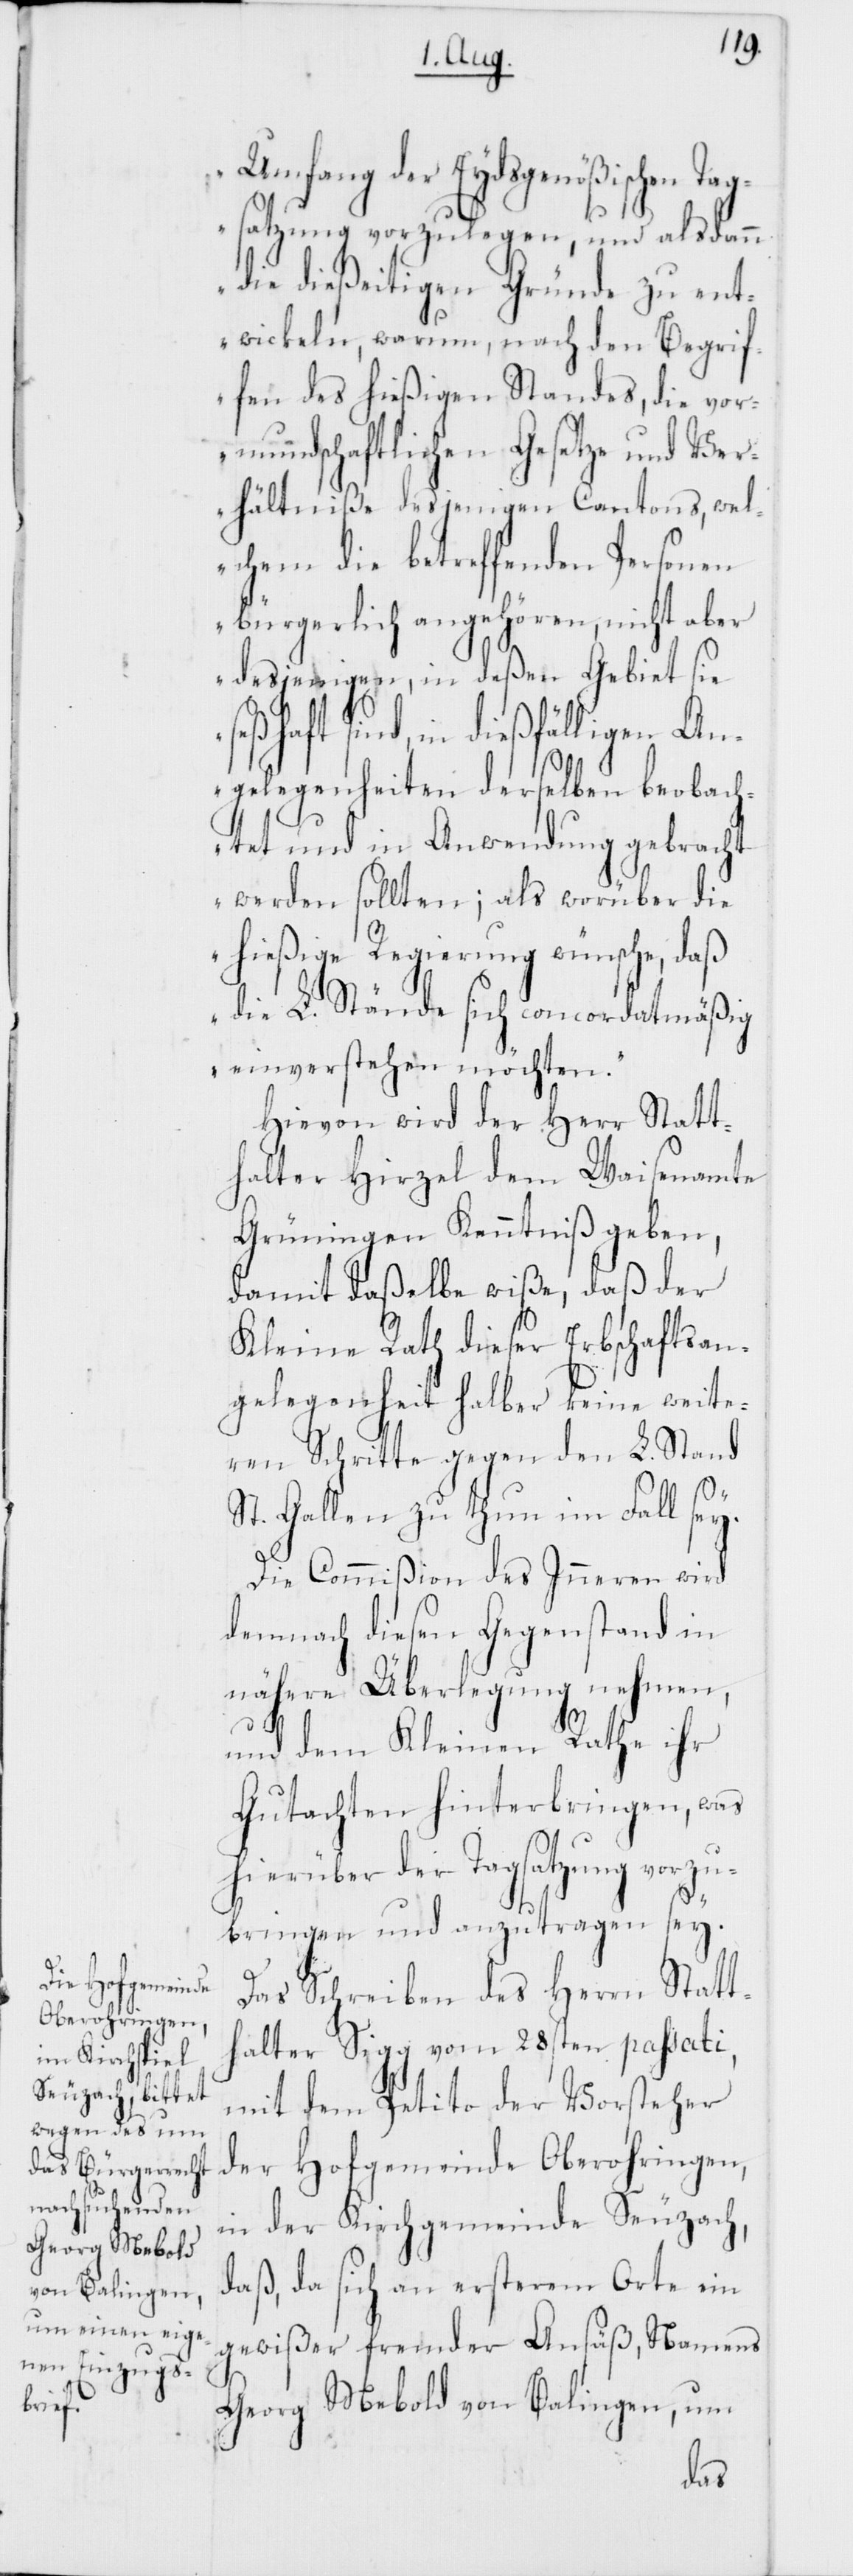
Umfang der Eydsgenößischen Tag¬
satzung vorzulegen, und alsdann
die dießeitigen Gründe zu ent¬
wickeln, warum, nach den Begrif¬
fen des hießigen Standes, die vor¬
mundschaftlichen Gesetze und Ver¬
hältniße desjenigen Cantons, wel¬
chem die betreffenden Personen
bürgerlich angehören, nicht aber
desjenigen, in deßen Gebiet sie
seßhaft sind, in dießfälligen An¬
gelegenheiten derselben beobach¬
tet und in Anwendung gebracht
werden sollten; als worüber die
hießige Regierung wünsche, daß
die L. Stände sich concordatsmäßig
einverstehen möchten.“
Hievon wird der Herr Statt¬
halter Hirzel dem Waisenamte
Grüningen Kenntniß geben,
damit daßelbe wiße, daß der
Kleine Rath dieser Erbschaftsan¬
gelegenheit halber keine weite¬
ren Schritte gegen den L. Stand
St. Gallen zu thun im Fall sey.
Die Commißion des Inneren wird
demnach diesen Gegenstand in
nähere Überlegung nehmen,
und dem Kleinen Rathe ihr
Gutachten hinterbringen, was
hierüber der Tagsatzung vorzu¬
bringen und anzutragen sey.
Das Schreiben des Herrn Statt¬
halter Sigg vom 28sten passati,
mit dem Petito der Vorsteher
der Hofgemeinde Oberohringen,
in der Kirchgemeinde Seuzach,
daß, da sich an ersterem Orte ein
gewißer fremder Ansäß, Namens
Georg Mebold von Balingen, um